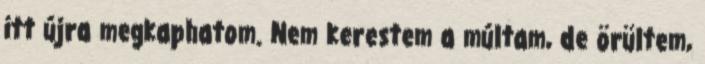
itt újra megkaphatom. Nem kerestem a múltam, de örültem,